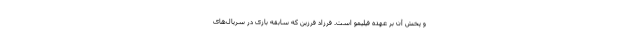
و پخش آن بر عهده فیلیمو است. فرزاد فرزین که سابقه بازی در سریال‌های